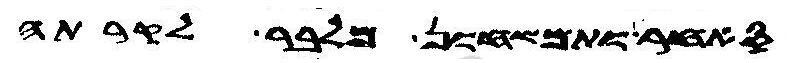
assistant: סאחר ותמשחון מלבר לקרתה